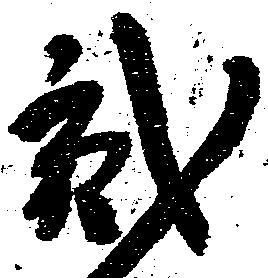
弐